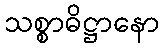
သစ္စာဓိဋ္ဌာနော